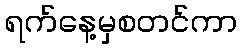
ရက်နေ့မှစတင်ကာ